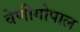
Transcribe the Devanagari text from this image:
वेणीगोपाल